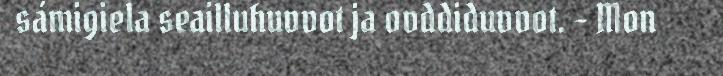
sámigiela seailluhuvvot ja ovddiduvvot. – Mon